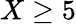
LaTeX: X\geq 5